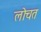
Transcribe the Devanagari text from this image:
लोचत